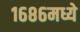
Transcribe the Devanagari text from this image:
१६८६मध्ये